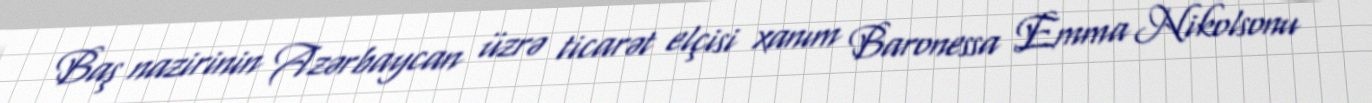
Baş nazirinin Azərbaycan üzrə ticarət elçisi xanım Baronessa Emma Nikolsonu